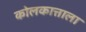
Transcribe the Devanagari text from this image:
कोलकात्ताला